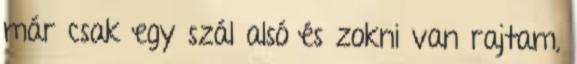
már csak egy szál alsó és zokni van rajtam,